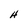
Character: H